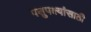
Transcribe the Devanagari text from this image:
पशुपक्ष्यांसाठी